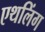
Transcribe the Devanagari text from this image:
एथलिंग